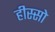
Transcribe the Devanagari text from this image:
हीस्सो